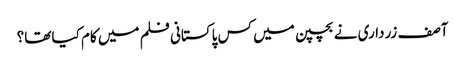
آصف زرداری نے بچپن میں کس پاکستانی فلم میں کام کیا تھا؟